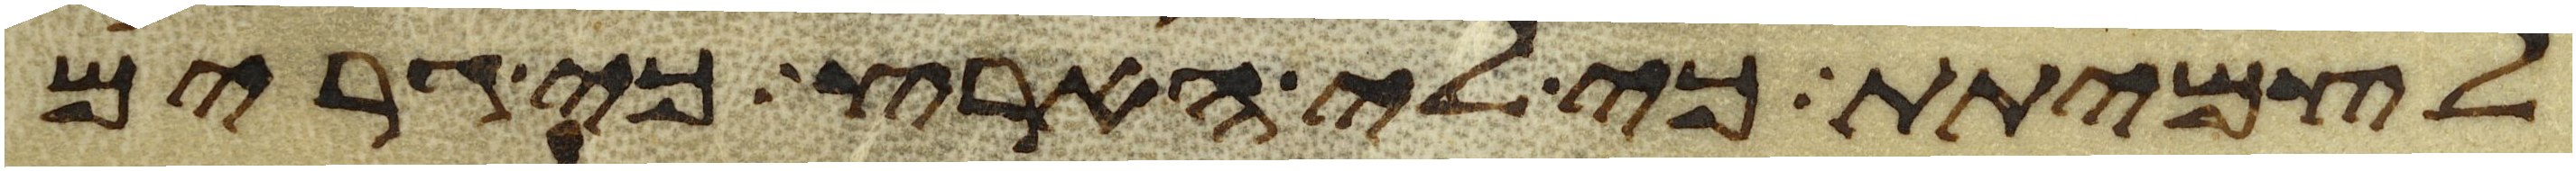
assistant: לצמיתת כי לי הארץ כי גרים